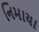
નિમાયા